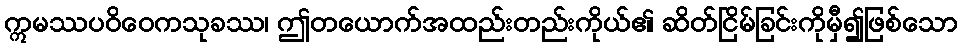
ဣမဿပဝိဝေကသုခဿ၊ ဤတယောက်အထည်းတည်းကိုယ်၏ ဆိတ်ငြိမ်ခြင်းကိုမှီ၍ဖြစ်သော